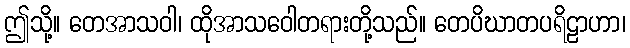
ဤသို့။ တေအာသဝါ၊ ထိုအာသဝေါတရားတို့သည်။ တေပိဃာတပရိဠာဟာ၊